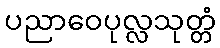
ပညာဝေပုလ္လသုတ္တံ